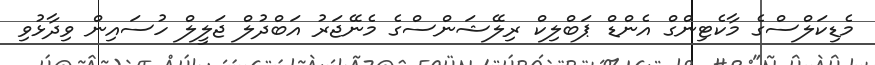
މެޑިކަލްސްގެ މާކެޓިންގް އެންޑް ޕަބްލިކް ރިލޭޝަންސްގެ މެނޭޖަރު އަބްދުލް ޖަލީލް ހުސައިން ވިދާޅުވި